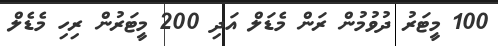
100 މީޓަރު ދުވުމުން ރަން މެޑަލް އަދި 200 މީޓަރުން ރިހި މެޑެލް